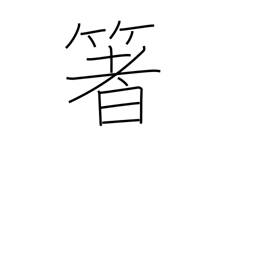
Meaning: chopsticks